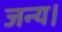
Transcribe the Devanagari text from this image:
जन्य।